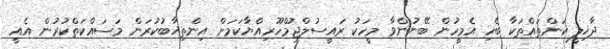
ދާޚިލީ ކަންތައްތަކާ ބެހި އެމީހުން ބޭނުންވާ މީހަކު ރައީސުލްޖުމްހޫރިއްޔާކަމަށް އިންތިޚާބުކުރަން މަސައްކަތްކުރުން އެއީ